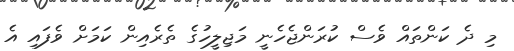
މި ދެ ކަންތައް ވެސް ކުރަންޖެހެނީ މަޖިލީހުގެ ތެރެއިން ކަމަށް ވެފައި އެ